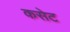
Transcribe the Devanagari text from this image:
कसेट